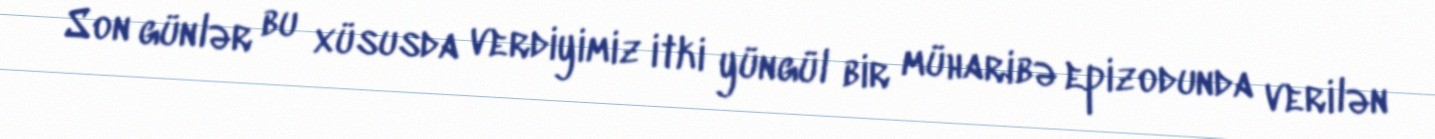
Son günlər bu xüsusda verdiyimiz itki yüngül bir müharibə epizodunda verilən